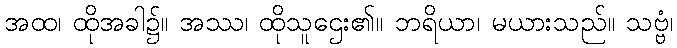
အထ၊ ထိုအခါ၌။ အဿ၊ ထိုသူဌေး၏။ ဘရိယာ၊ မယားသည်။ သဗ္ဗံ၊